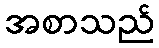
အစာသည်